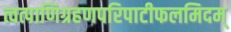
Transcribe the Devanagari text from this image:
त्वत्पाणिग्रहणपरिपाटीफलमिदम्